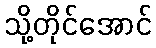
သို့တိုင်အောင်